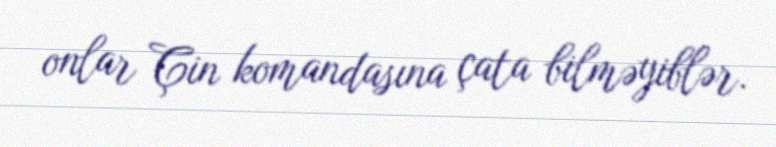
onlar Çin komandasına çata bilməyiblər.